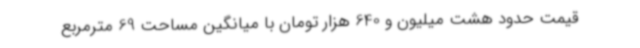
قیمت حدود هشت میلیون و 640 هزار تومان با میانگین مساحت 69 مترمربع